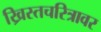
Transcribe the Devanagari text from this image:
ख्रिस्तचरित्रावर